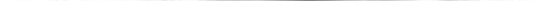
___